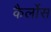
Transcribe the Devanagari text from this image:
कैर्लोस